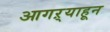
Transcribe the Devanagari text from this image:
आगऱ्याहून